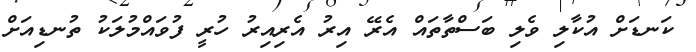
ކަނޑަށް އުކާލި ވެލި ބަސްތާތައް އެރޭ އިރު އެރިއިރު ހުރީ ފުވައްމުލަކު ތުނޑިއަށް